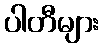
ပါတီများ